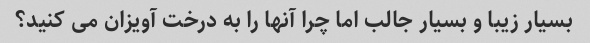
بسیار زیبا و بسیار جالب اما چرا آنها را به درخت آویزان می کنید؟